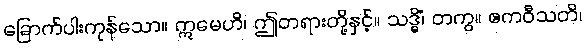
ခြောက်ပါးကုန်သော။ ဣမေဟိ၊ ဤတရားတို့နှင့်။ သဒ္ဓိံ၊ တကွ။ ဧကဝီသတိ၊